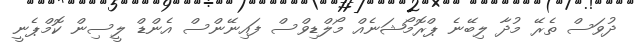
ދުވަސް ތެރޭ މުދާ ލިބޭނެ ޕްރޮމޯޝަނެއް މޯލްޑިވްސް ފައިނޭންސް އެންޑް ލީސިން ކޮމްޕެނީ